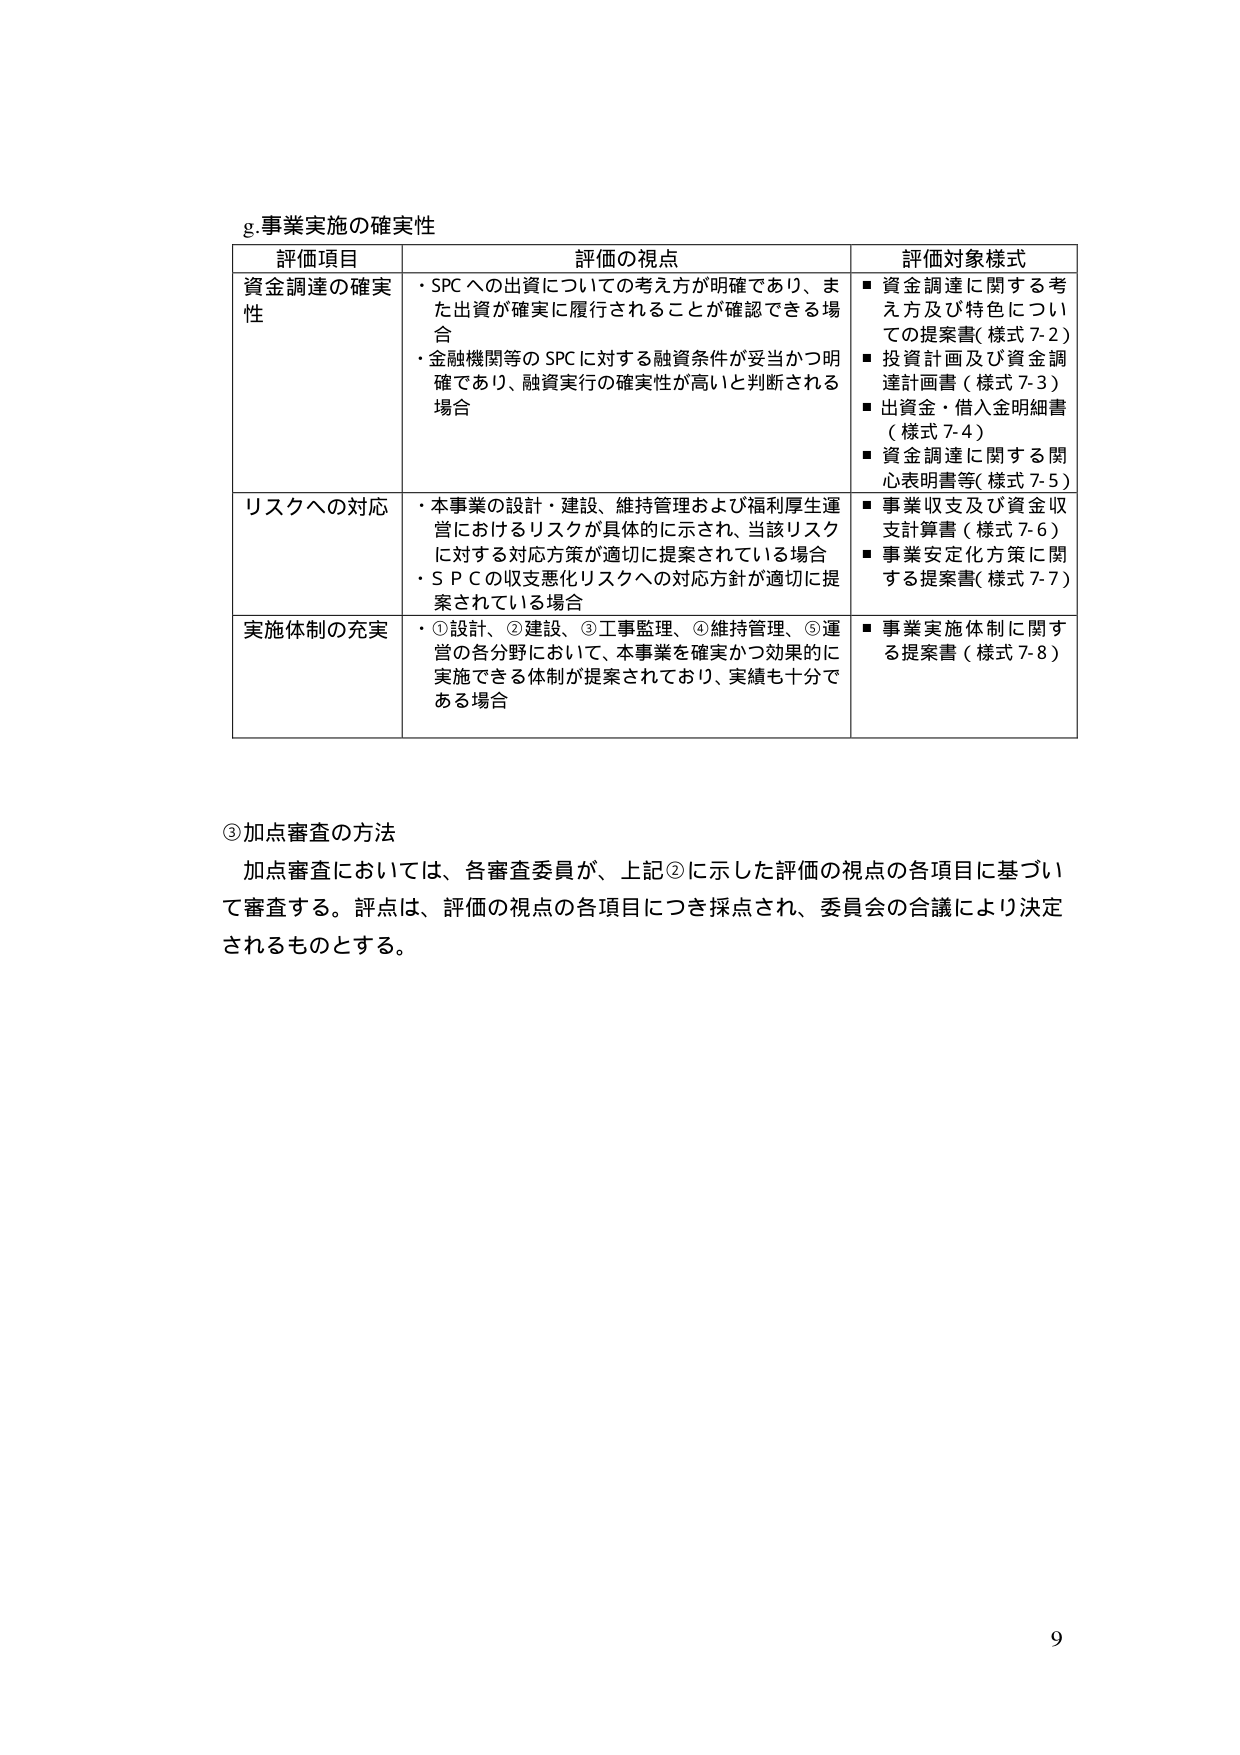
g.事業実施の確実性

評価項目　　　　　　　　　　　　　評価の視点　　　　　　　　　　　　　評価対象様式

資金調達の確実性
・SPCへの出資についての考え方が明確であり、また出資が確実に履行されることが確認できる場合
・金融機関等のSPCに対する融資条件が妥当かつ明確であり、融資実行の確実性が高いと判断される場合
■ 資金調達に関する考え方及び特色についての提案書（様式7-2）
■ 投資計画及び資金調達計画書（様式7-3）
■ 出資金・借入金明細書（様式7-4）
■ 資金調達に関する関心表明書等（様式7-5）

リスクへの対応
・本事業の設計・建設、維持管理および福利厚生運営におけるリスクが具体的に示され、当該リスクに対する対応方策が適切に提案されている場合
・SPCの収支悪化リスクへの対応方針が適切に提案されている場合
■ 事業収支及び資金収支計算書（様式7-6）
■ 事業安定化方策に関する提案書（様式7-7）

実施体制の充実
・①設計、②建設、③工事監理、④維持管理、⑤運営の各分野において、本事業を確実かつ効果的に実施できる体制が提案されており、実績も十分である場合
■ 事業実施体制に関する提案書（様式7-8）

③加点審査の方法
加点審査においては、各審査委員が、上記②に示した評価の視点の各項目に基づいて審査する。評点は、評価の視点の各項目につき採点され、委員会の合議により決定されるものとする。

9